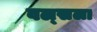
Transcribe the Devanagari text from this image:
वल्‍सला